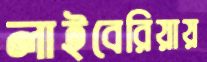
লাইবেরিয়ায়